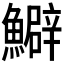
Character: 𩼎